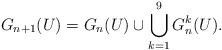
LaTeX: \begin{align*}G_{n+1}(U)=G_n(U)\cup \bigcup_{k=1}^9 G_n^k(U).\end{align*}